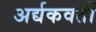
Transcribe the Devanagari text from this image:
अर्द्यकवर्ती